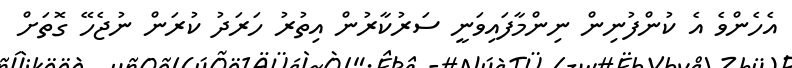
އެހެންވެ އެ ކުންފުނިން ނިންމާފައިވަނީ ސަރުކާރުން އިތުރު ހަރަދު ކުރަން ނުޖެހޭ ގޮތަށް